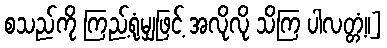
စသည်ကို ကြည့်ရုံမျှဖြင့် အလိုလို သိကြ ပါလတ္တံ့၊၊]